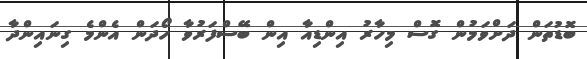
ބޮޑުތަން ދަށްވަމުން ގޮސް މިހާރު އިންޑިއާ އިން ބޭސްފަރުވާ ހޯދަން އެންމެ ގިނައިންދާ